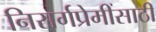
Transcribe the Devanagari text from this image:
निसर्गप्रेमींसाठी